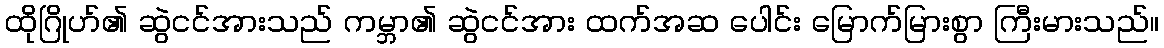
ထိုဂြိုဟ်၏ ဆွဲငင်အားသည် ကမ္ဘာ၏ ဆွဲငင်အား ထက်အဆ ပေါင်း မြောက်မြားစွာ ကြီးမားသည်။